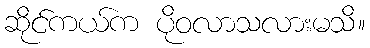
ဆိုင်ကယ်က ပိုဝလာသလားမသိ။